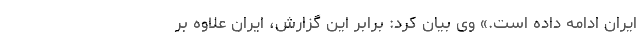
ایران ادامه داده است.» وی بیان کرد: برابر این گزارش، ایران علاوه بر